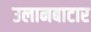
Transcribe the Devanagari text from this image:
उलानबाटार